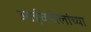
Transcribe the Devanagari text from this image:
आईवडीलांच्या